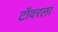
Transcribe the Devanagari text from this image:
टॉवरला